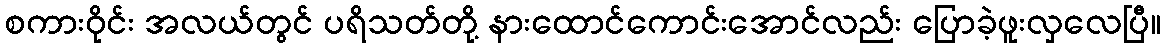
စကားဝိုင်း အလယ်တွင် ပရိသတ်တို့ နားထောင်ကောင်းအောင်လည်း ပြောခဲ့ဖူးလှလေပြီ။